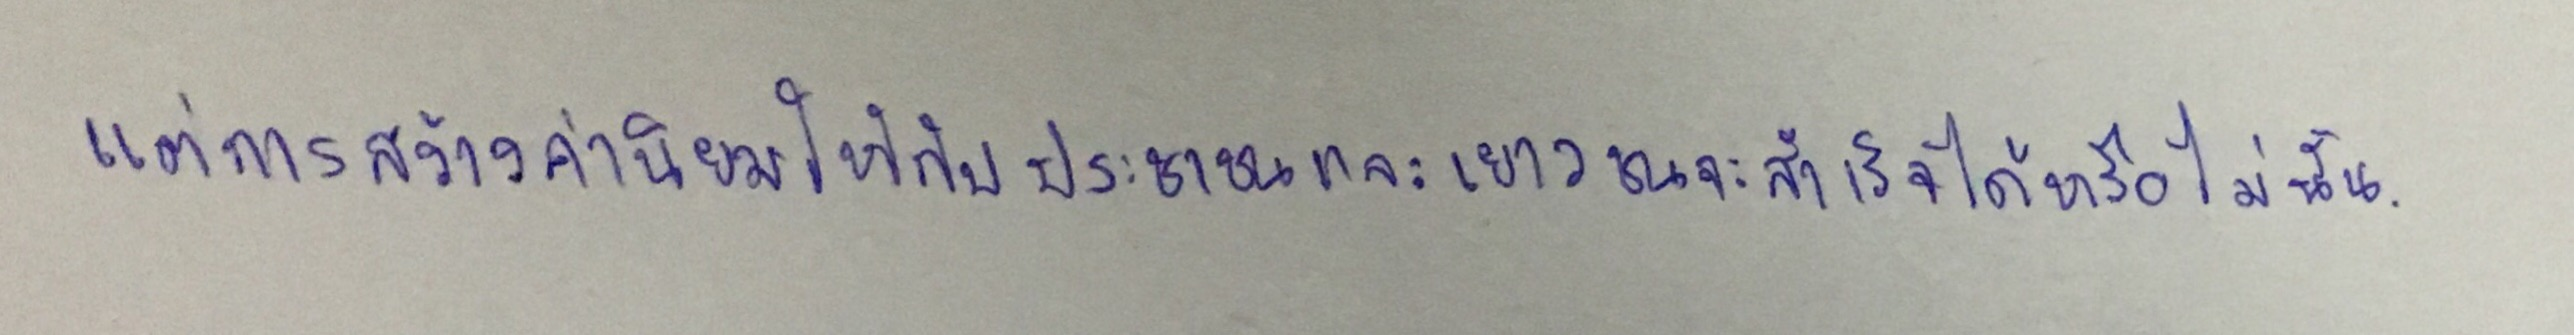
แต่การสร้างค่านิยมให้กับประชาชนและเยาวชนจะสำเร็จได้หรือไม่นั้น